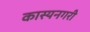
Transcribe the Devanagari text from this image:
कास्यनगरी